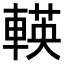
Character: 𨍞